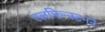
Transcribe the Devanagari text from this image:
एलफिन्स्टनने